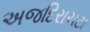
અજદિરાચટા